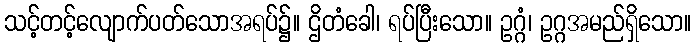
သင့်တင့်လျောက်ပတ်သောအရပ်၌။ ဌိတံခေါ၊ ရပ်ပြီးသော။ ဥဂ္ဂံ၊ ဥဂ္ဂအမည်ရှိသော။